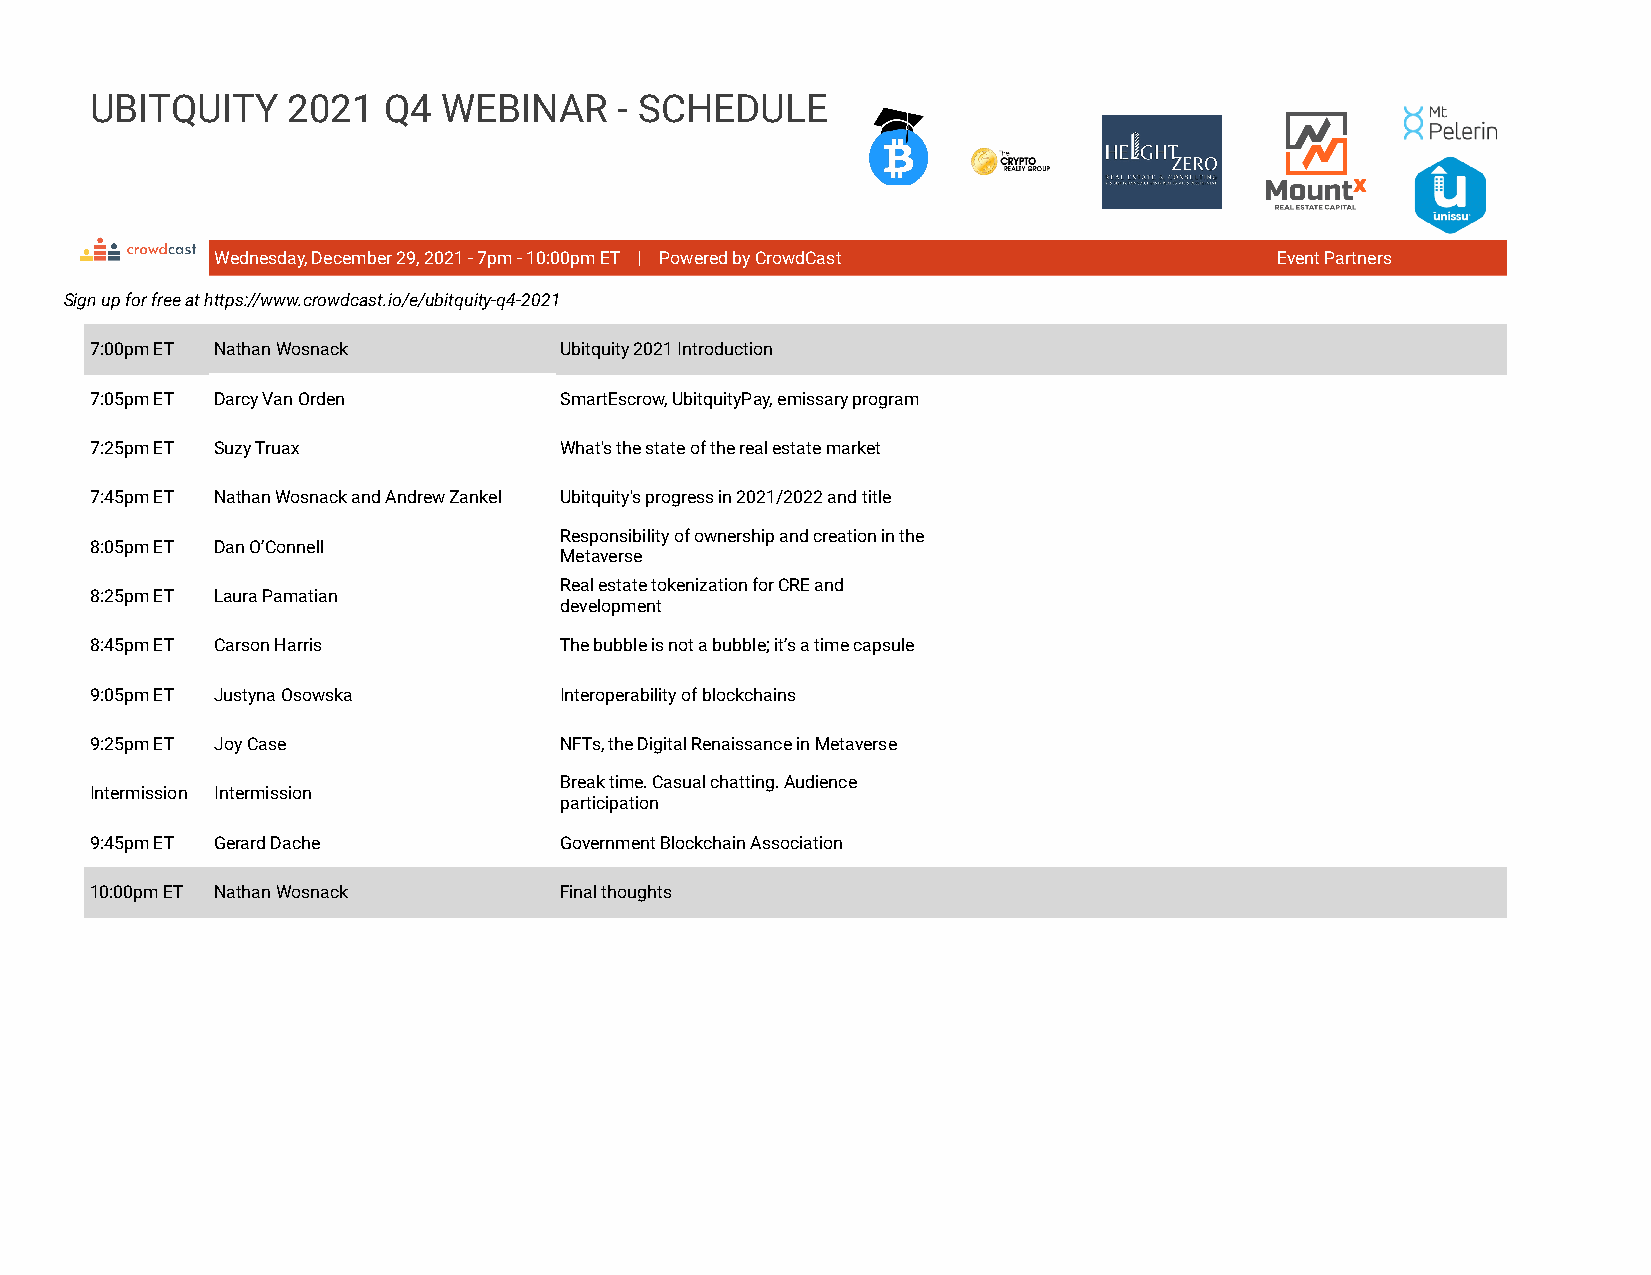
UBITQUITY    2021  Q4  WEBINAR     - SCHEDULE
 Wednesday, December 29, 2021 - 7pm - 10:00pm ET | Powered by CrowdCast Event Partners
 Sign up for free at https://www.crowdcast.io/e/ubitquity-q4-2021
 7:00pm ET Nathan Wosnack       Ubitquity 2021 Introduction
 7:05pm ET Darcy Van Orden      SmartEscrow, UbitquityPay, emissary program
 7:25pm ET Suzy Truax           What's the state of the real estate market
 7:45pm ET Nathan Wosnack and Andrew Zankel Ubitquity's progress in 2021/2022 and title
 Responsibility of ownership and creation in the
 8:05pm ET Dan O’Connell
 Metaverse
 Real estate tokenization for CRE and
 8:25pm ET Laura Pamatian
 development
 8:45pm ET Carson Harris        The bubble is not a bubble; it’s a time capsule
 9:05pm ET Justyna Osowska      Interoperability of blockchains
 9:25pm ET Joy Case             NFTs, the Digital Renaissance in Metaverse
 Break time. Casual chatting. Audience
 Intermission Intermission
 participation
 9:45pm ET Gerard Dache         Government Blockchain Association
 10:00pm ET Nathan Wosnack      Final thoughts